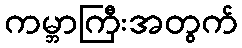
ကမ္ဘာကြီးအတွက်